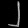
Digit: ၂